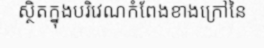
ស្ថិតក្នុងបរិវេណកំពែងខាងក្រៅនៃ